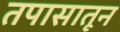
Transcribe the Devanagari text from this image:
तपासातून